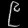
Digit: ၉